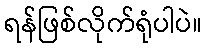
ရန်ဖြစ်လိုက်ရုံပါပဲ။